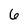
Character: 6